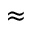
\approx